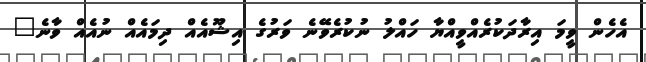
އެހެން ވީމަ އިރާދަކުރެއްވީއްޔާ ހައްލު ނުކުރެވޭނެ ވަރުގެ އިޝޫއެއް ދިމައެއް ނުއެއް ވާނެ"